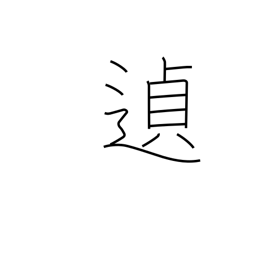
Meaning: as might be expected